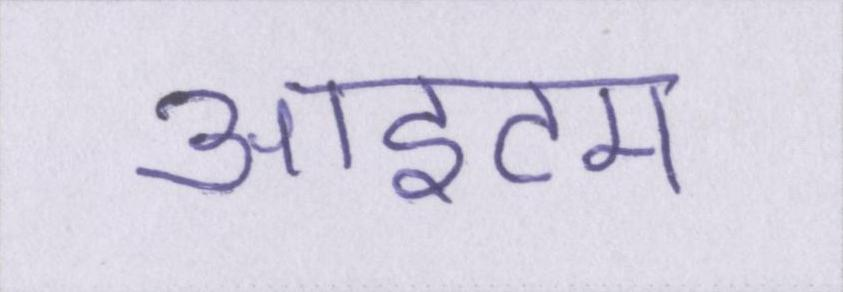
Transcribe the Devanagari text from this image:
आइटम